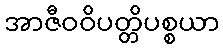
အာဇီဝဝိပတ္တိပစ္စယာ